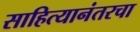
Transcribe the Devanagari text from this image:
साहित्यानंतरचा